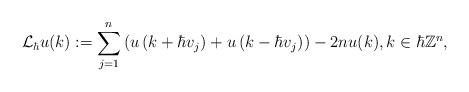
LaTeX: \begin{align*} \mathcal{L}_{\hbar} u(k):=\sum\limits_{j=1}^{n}\left(u\left(k+\hbar v_{j}\right)+u\left(k-\hbar v_{j}\right)\right)-2 n u(k),k\in\hbar\mathbb{Z}^{n}, \end{align*}